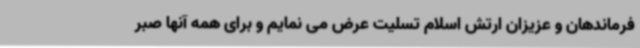
فرماندهان و عزیزان ارتش اسلام تسلیت عرض می نمایم و برای همه آنها صبر